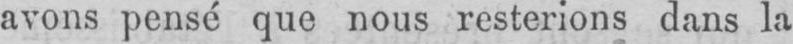
avons pensé que nous resterions dans la